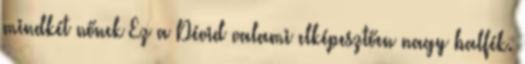
mindkét nőnek Ez a Dévid valami elképesztően nagy balfék.